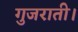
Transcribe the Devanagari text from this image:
गुजराती।